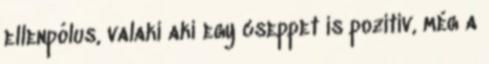
ellenpólus, valaki aki egy cseppet is pozitív, még a